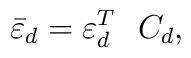
{\bar \varepsilon_d} = \varepsilon_d^T \ \ C_d ,